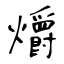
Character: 爝